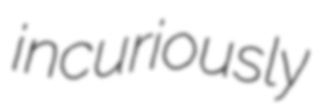
incuriously